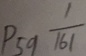
P 5 9 \frac { 1 } { 1 6 1 }